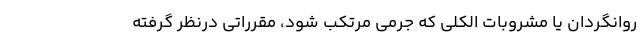
روانگردان یا مشروبات الکلی که جرمی مرتکب شود، مقرراتی درنظر گرفته